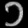
Digit: ၁